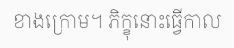
ខាងក្រោម។ ភិក្ខុនោះធ្វើកាល